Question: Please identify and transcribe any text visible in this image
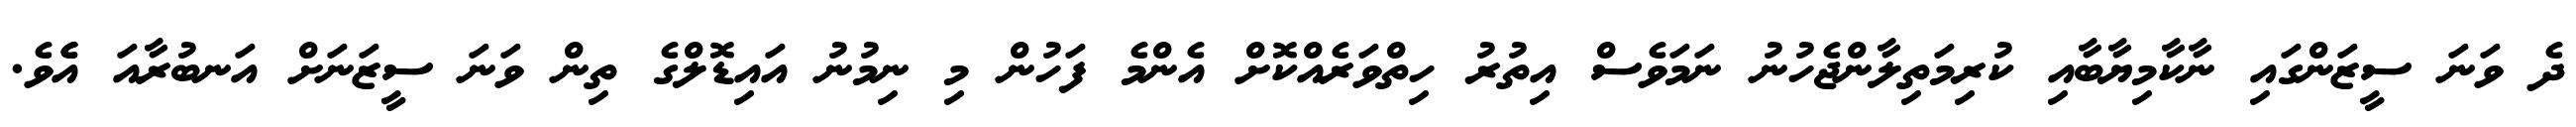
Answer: ދެ ވަނަ ސީޒަންގައި ނާކާމިޔާބާއި ކުރިމަތިލާންޖެހުނު ނަމަވެސް އިތުރު ހިތްވަރެއްކޮށް އެންމެ ފަހުން މި ނިމުނު އައިޑޮލްގެ ތިން ވަނަ ސީޒަނަށް އަނބުރާއަ އެެވެ.